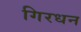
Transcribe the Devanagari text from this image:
गिरधन